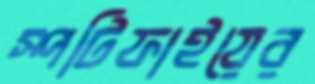
স্পটিফাইয়ের